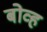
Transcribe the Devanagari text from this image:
बोव्ह